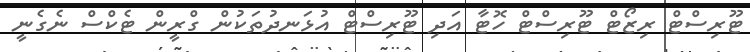
ޓޫރިސްޓް ރިޒޯޓް ޓޫރިސްޓް ހޮޓާ އަދި ޓޫރިސްޓް އުޅަނދުތަކުން ގްރީން ޓެކްސް ނެގެނީ